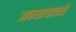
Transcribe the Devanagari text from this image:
अन्यायाकडे